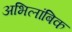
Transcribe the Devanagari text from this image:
अभिलांबिक